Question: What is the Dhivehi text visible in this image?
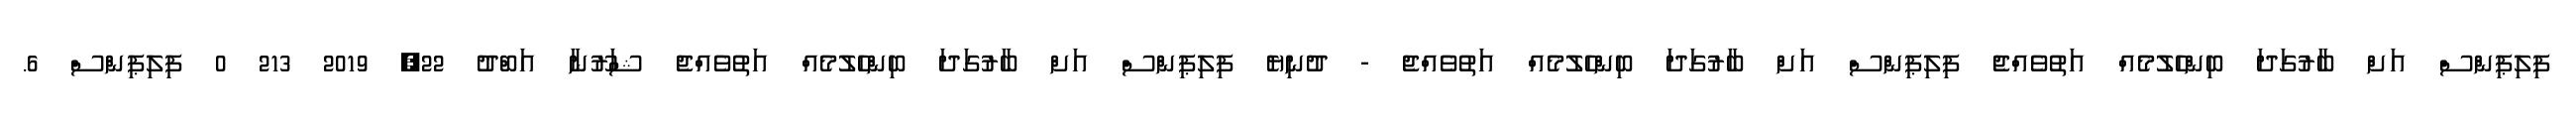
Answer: ފިލިޕިންސް އަށް ބާރުގަދަ ބިންހެލުމެއް އަތުވެއްޖެ ފިލިޕިންސް އަށް ބާރުގަދަ ބިންހެލުމެއް އަތުވެއްޖެ - ދުނިޔެ ފިލިޕިންސް އަށް ބާރުގަދަ ބިންހެލުމެއް އަތުވެއްޖެ ޝަރޫނާ އަބްދު 22, 2019 213 0 ފިލިޕިންސް 6.